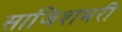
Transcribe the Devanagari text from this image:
साजिशभरी